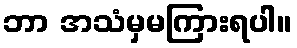
ဘာ အသံမှမကြားရပါ။